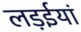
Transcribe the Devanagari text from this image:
लड़ईयां